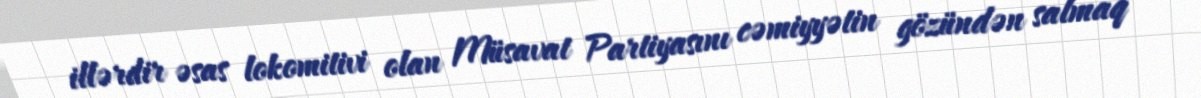
illərdir əsas lokomitivi olan Müsavat Partiyasını cəmiyyətin gözündən salmaq